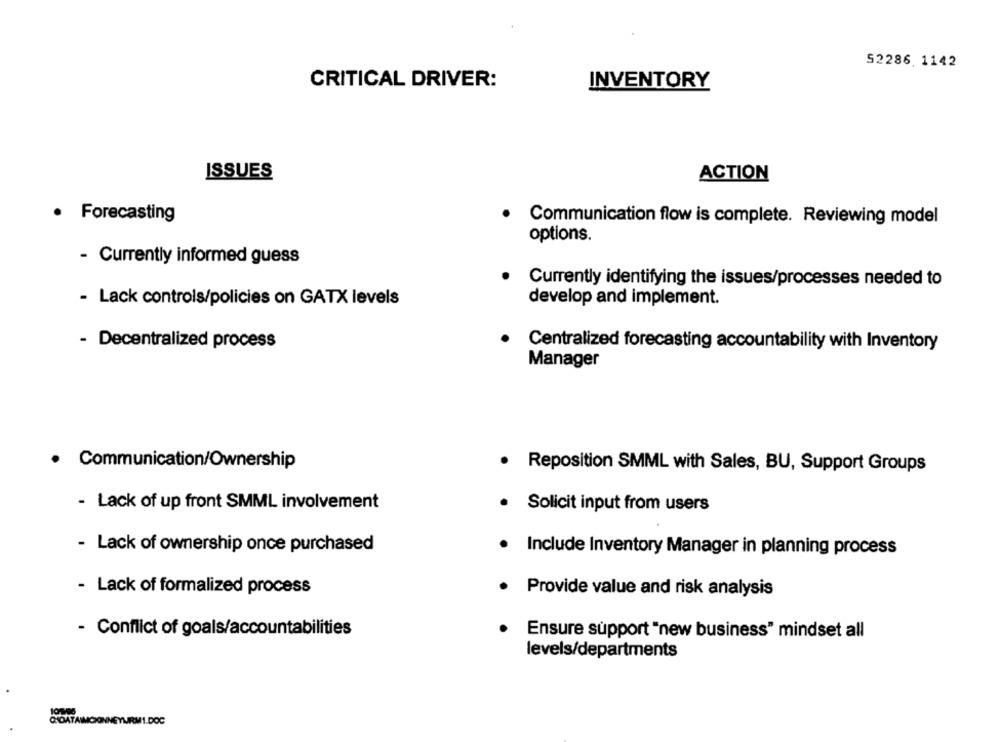
52286.1142
CRITICAL DRIVER:
INVENTORY
ISSUES
ACTION
· Forecasting
Communication flow is complete. Reviewing model
options.
- Currently informed guess
Currently identifying the issues/processes needed to
- Lack controls/policies on GATX levels
develop and implement.
- Decentralized process
Centralized forecasting accountability with Inventory
Manager
· Communication/Ownership
.
Reposition SMML with Sales, BU, Support Groups
- Lack of up front SMML involvement
Solicit input from users
- Lack of ownership once purchased
Include Inventory Manager in planning process
- Lack of formalized process
Provide value and risk analysis
- Conflict of goals/accountabilities
Ensure support "new business" mindset all
levels/departments
CHDATAIMCIONNEYMARMI.DOC